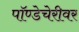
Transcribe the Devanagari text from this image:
पॉण्डेचेरीवर